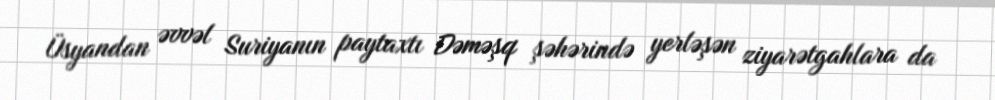
Üsyandan əvvəl Suriyanın paytaxtı Dəməşq şəhərində yerləşən ziyarətgahlara da